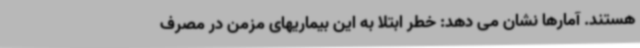
هستند. آمارها نشان می دهد: خطر ابتلا به این بیماریهای مزمن در مصرف